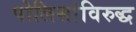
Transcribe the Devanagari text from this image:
पोलिसांविरुद्ध